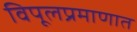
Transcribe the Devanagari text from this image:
विपूलप्रमाणात